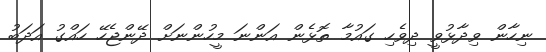
ނިހާން ވިދާޅުވީ ދިވެހި ގައުމާ ތޮޅެން އަންނަ މީހުންނަށް ދޭންޖެހޭ ހައްގު އަދަބު